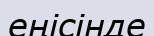
еңісінде